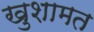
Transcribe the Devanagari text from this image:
खुशामत